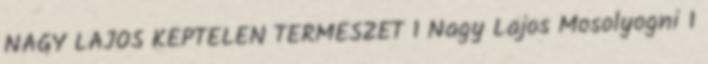
NAGY LAJOS KÉPTELEN TERMÉSZET 1 Nagy Lajos Mosolyogni 1